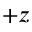
+ z